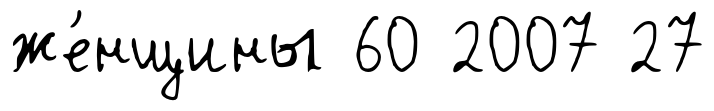
же́нщины 60 2007 27